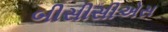
બીસીસીએસ